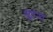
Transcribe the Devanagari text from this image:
मुहूत्र्त